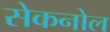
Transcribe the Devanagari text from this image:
सेकनोल